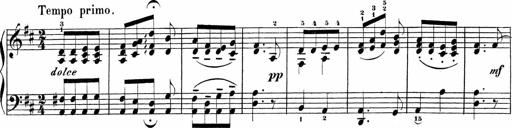
Title: Sonatinas
Composer: Andrew Violette